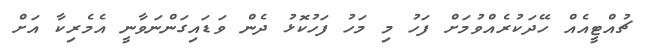
ޗުއްޓީއެއް ހޭދަކުރެއްވުމަށް ފަހު މި މަހު ފަހުކޮޅު ދެން ވަޑައިގަންނަވާނީ އެމެރިކާ އަށް